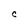
Character: C